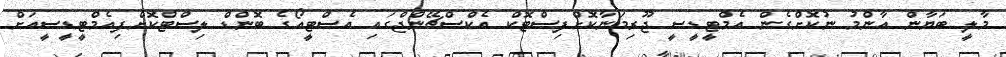
މާލީ ބަޔާން އާންމު ނުކޮށްގެން އެމްޓީޑީސީ ޖޫރިމަނާކޮށްފިސްޓޮކް އެކްސްޗޭންޖްގައި އެސްޓީއޯގެ ބޮންޑް ލިސްޓްކޮށްފިއެމްޓީޑީސީއަށް